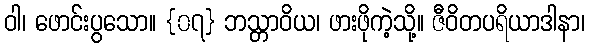
ဝါ၊ ဖောင်းပွသော။ {၀၇} ဘသ္တာဝိယ၊ ဖားဖိုကဲ့သို့။ ဇီဝိတပရိယာဒါနာ၊